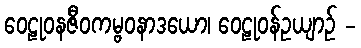
ဝေဠုဝနဇီဝကမ္ဗဝနာဒယော၊ ဝေဠုဝန်ဥယျာဉ် -